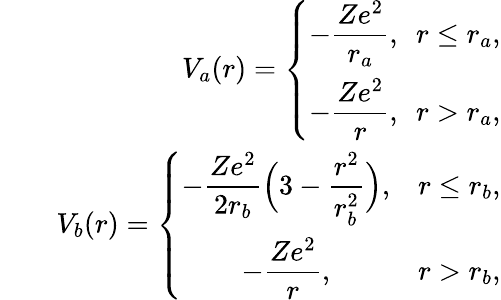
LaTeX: \begin{array}{rlr}&{}&{V_{a}(r)=\left\{ \begin{array}{ll}{\displaystyle-\frac{Ze^{2}}{r_{a}},\ \ r\le r_{a},}\\ {\displaystyle-\frac{Ze^{2}}{r},\ \ r>r_{a},}\end{array}\right.}\\ &{}&{V_{b}(r)=\left\{ \begin{array}{cc}{\displaystyle-\frac{Ze^{2}}{2r_{b}}\Big(3-\frac{r^{2}}{r_{b}^{2}}\Big),}&{r\le r_{b},}\\ {\displaystyle-\frac{Ze^{2}}{r},}&{r>r_{b},}\end{array}\right.}\end{array}